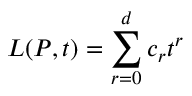
L ( P , t ) = \sum _ { r = 0 } ^ { d } c _ { r } t ^ { r }